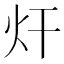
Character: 㶥